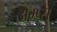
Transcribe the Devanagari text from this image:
अम्प्स